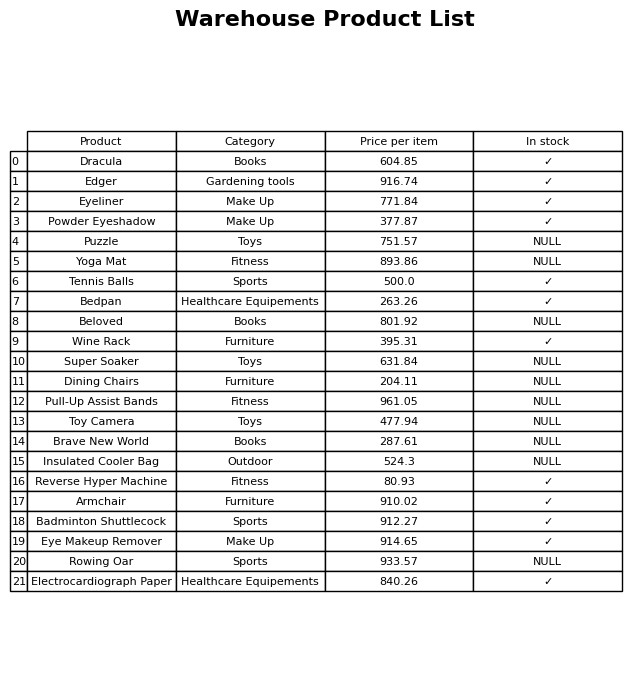
question: Is the Electrocardiograph Paper in stock?
answer: ✓